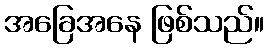
အခြေအနေ ဖြစ်သည်။